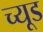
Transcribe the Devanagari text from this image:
च्यूड